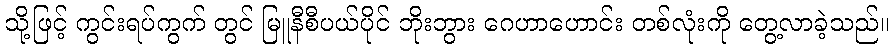
သို့ဖြင့် ကွင်းရပ်ကွက် တွင် မြူနီစီပယ်ပိုင် ဘိုးဘွား ဂေဟာဟောင်း တစ်လုံးကို တွေ့လာခဲ့သည်။